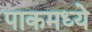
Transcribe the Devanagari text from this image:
पाकमध्ये